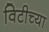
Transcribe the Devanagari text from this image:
विटीच्या